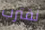
نقترب